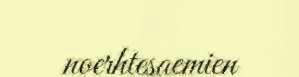
noerhtesaemien